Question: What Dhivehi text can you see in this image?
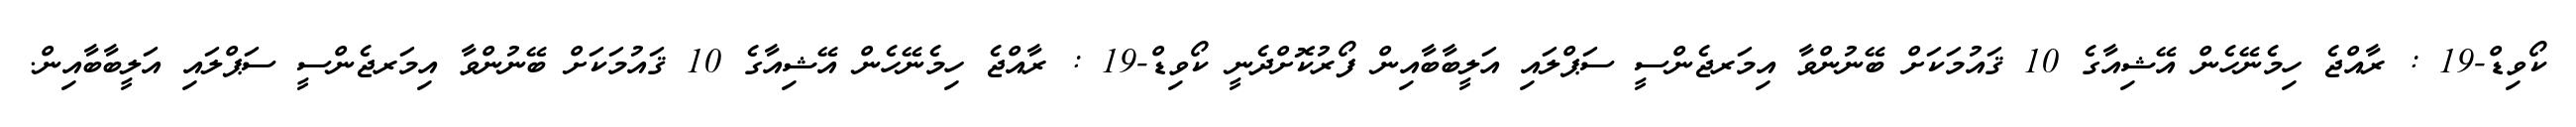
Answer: ކޯވިޑް-19 : ރާއްޖެ ހިމެނޭހެން އޭޝިއާގެ 10 ޤައުމަކަށް ބޭނުންވާ އިމަރޖެންސީ ސަޕްލައި އަލީބާބާއިން ފޯރުކޮށްދެނީ ކޯވިޑް-19 : ރާއްޖެ ހިމެނޭހެން އޭޝިއާގެ 10 ޤައުމަކަށް ބޭނުންވާ އިމަރޖެންސީ ސަޕްލައި އަލީބާބާއިން.